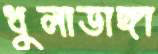
ধুলাডাঙ্গা